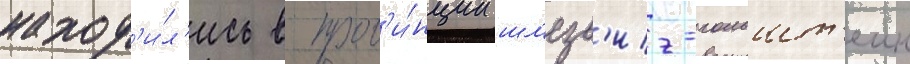
наход'и́л'ись в пров'и́нции шл'езв'иг-гольшт'еин